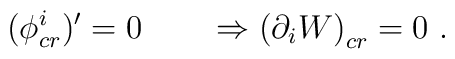
(\phi_{cr}^i)'  = 0 \qquad  \Rightarrow   \left( \partial_i  W \right) _{cr}=0\ .